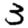
Digit: 3